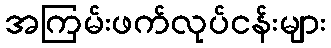
အကြမ်းဖက်လုပ်ငန်းများ